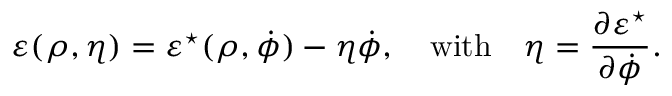
\varepsilon ( \rho , \eta ) = \varepsilon ^ { \star } ( \rho , \dot { \phi } ) - \eta \dot { \phi } , \quad \mathrm { w i t h } \quad \eta = \frac { \partial \varepsilon ^ { \star } } { \partial \dot { \phi } } .